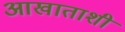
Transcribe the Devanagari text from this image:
आखाताशी